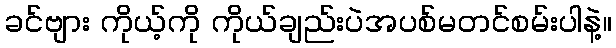
ခင်ဗျား ကိုယ့်ကို ကိုယ်ချည်းပဲအပစ်မတင်စမ်းပါနဲ့။